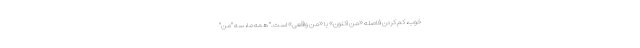
خوب، کم کردن فاصله «منِ اکنون» با «منِ واقعی» است." همه ما، سه "من"